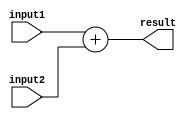
module GenerateParameterizedModule #(
  parameter WIDTH = 8,
  parameter NUM_ADDERS = 2
)(
  input [WIDTH-1:0] input1,
  input [WIDTH-1:0] input2,
  output reg [WIDTH-1:0] result
);

always @* begin
  result = input1 + input2;
end

endmodule